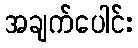
အချက်ပေါင်း